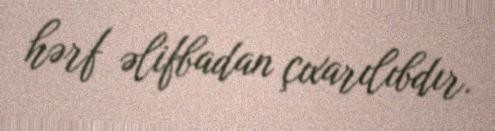
hərf əlifbadan çıxarılıbdır.